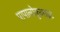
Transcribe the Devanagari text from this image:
पापालोक़ुलाइट